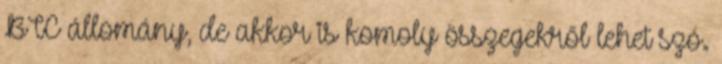
BTC állomány, de akkor is komoly összegekről lehet szó.